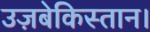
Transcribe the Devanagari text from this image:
उज़बेकिस्तान।